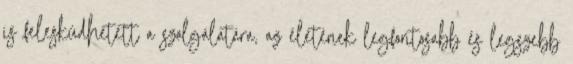
is felesküdhetett a szolgálatára, az életének legfontosabb és legszebb